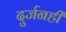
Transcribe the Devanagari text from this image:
दुर्जनही